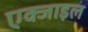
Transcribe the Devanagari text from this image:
एक्जाइल